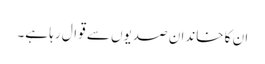
ان کا خاندان صدیوں سے قوال رہا ہے۔